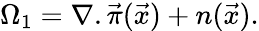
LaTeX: \Omega_{1}=\nabla.\vec{\pi}(\vec{x})+n(\vec{x}).